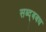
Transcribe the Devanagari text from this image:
सब्द्बबध